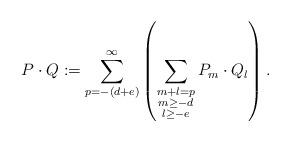
LaTeX: \begin{align*}P\cdot Q :=\sum\limits_{p=-(d+e)}^\infty\left(\sum\limits_{\substack{m+l = p \\ m \ge -d \\ l \ge -e}} P_m \cdot Q_l\right).\end{align*}